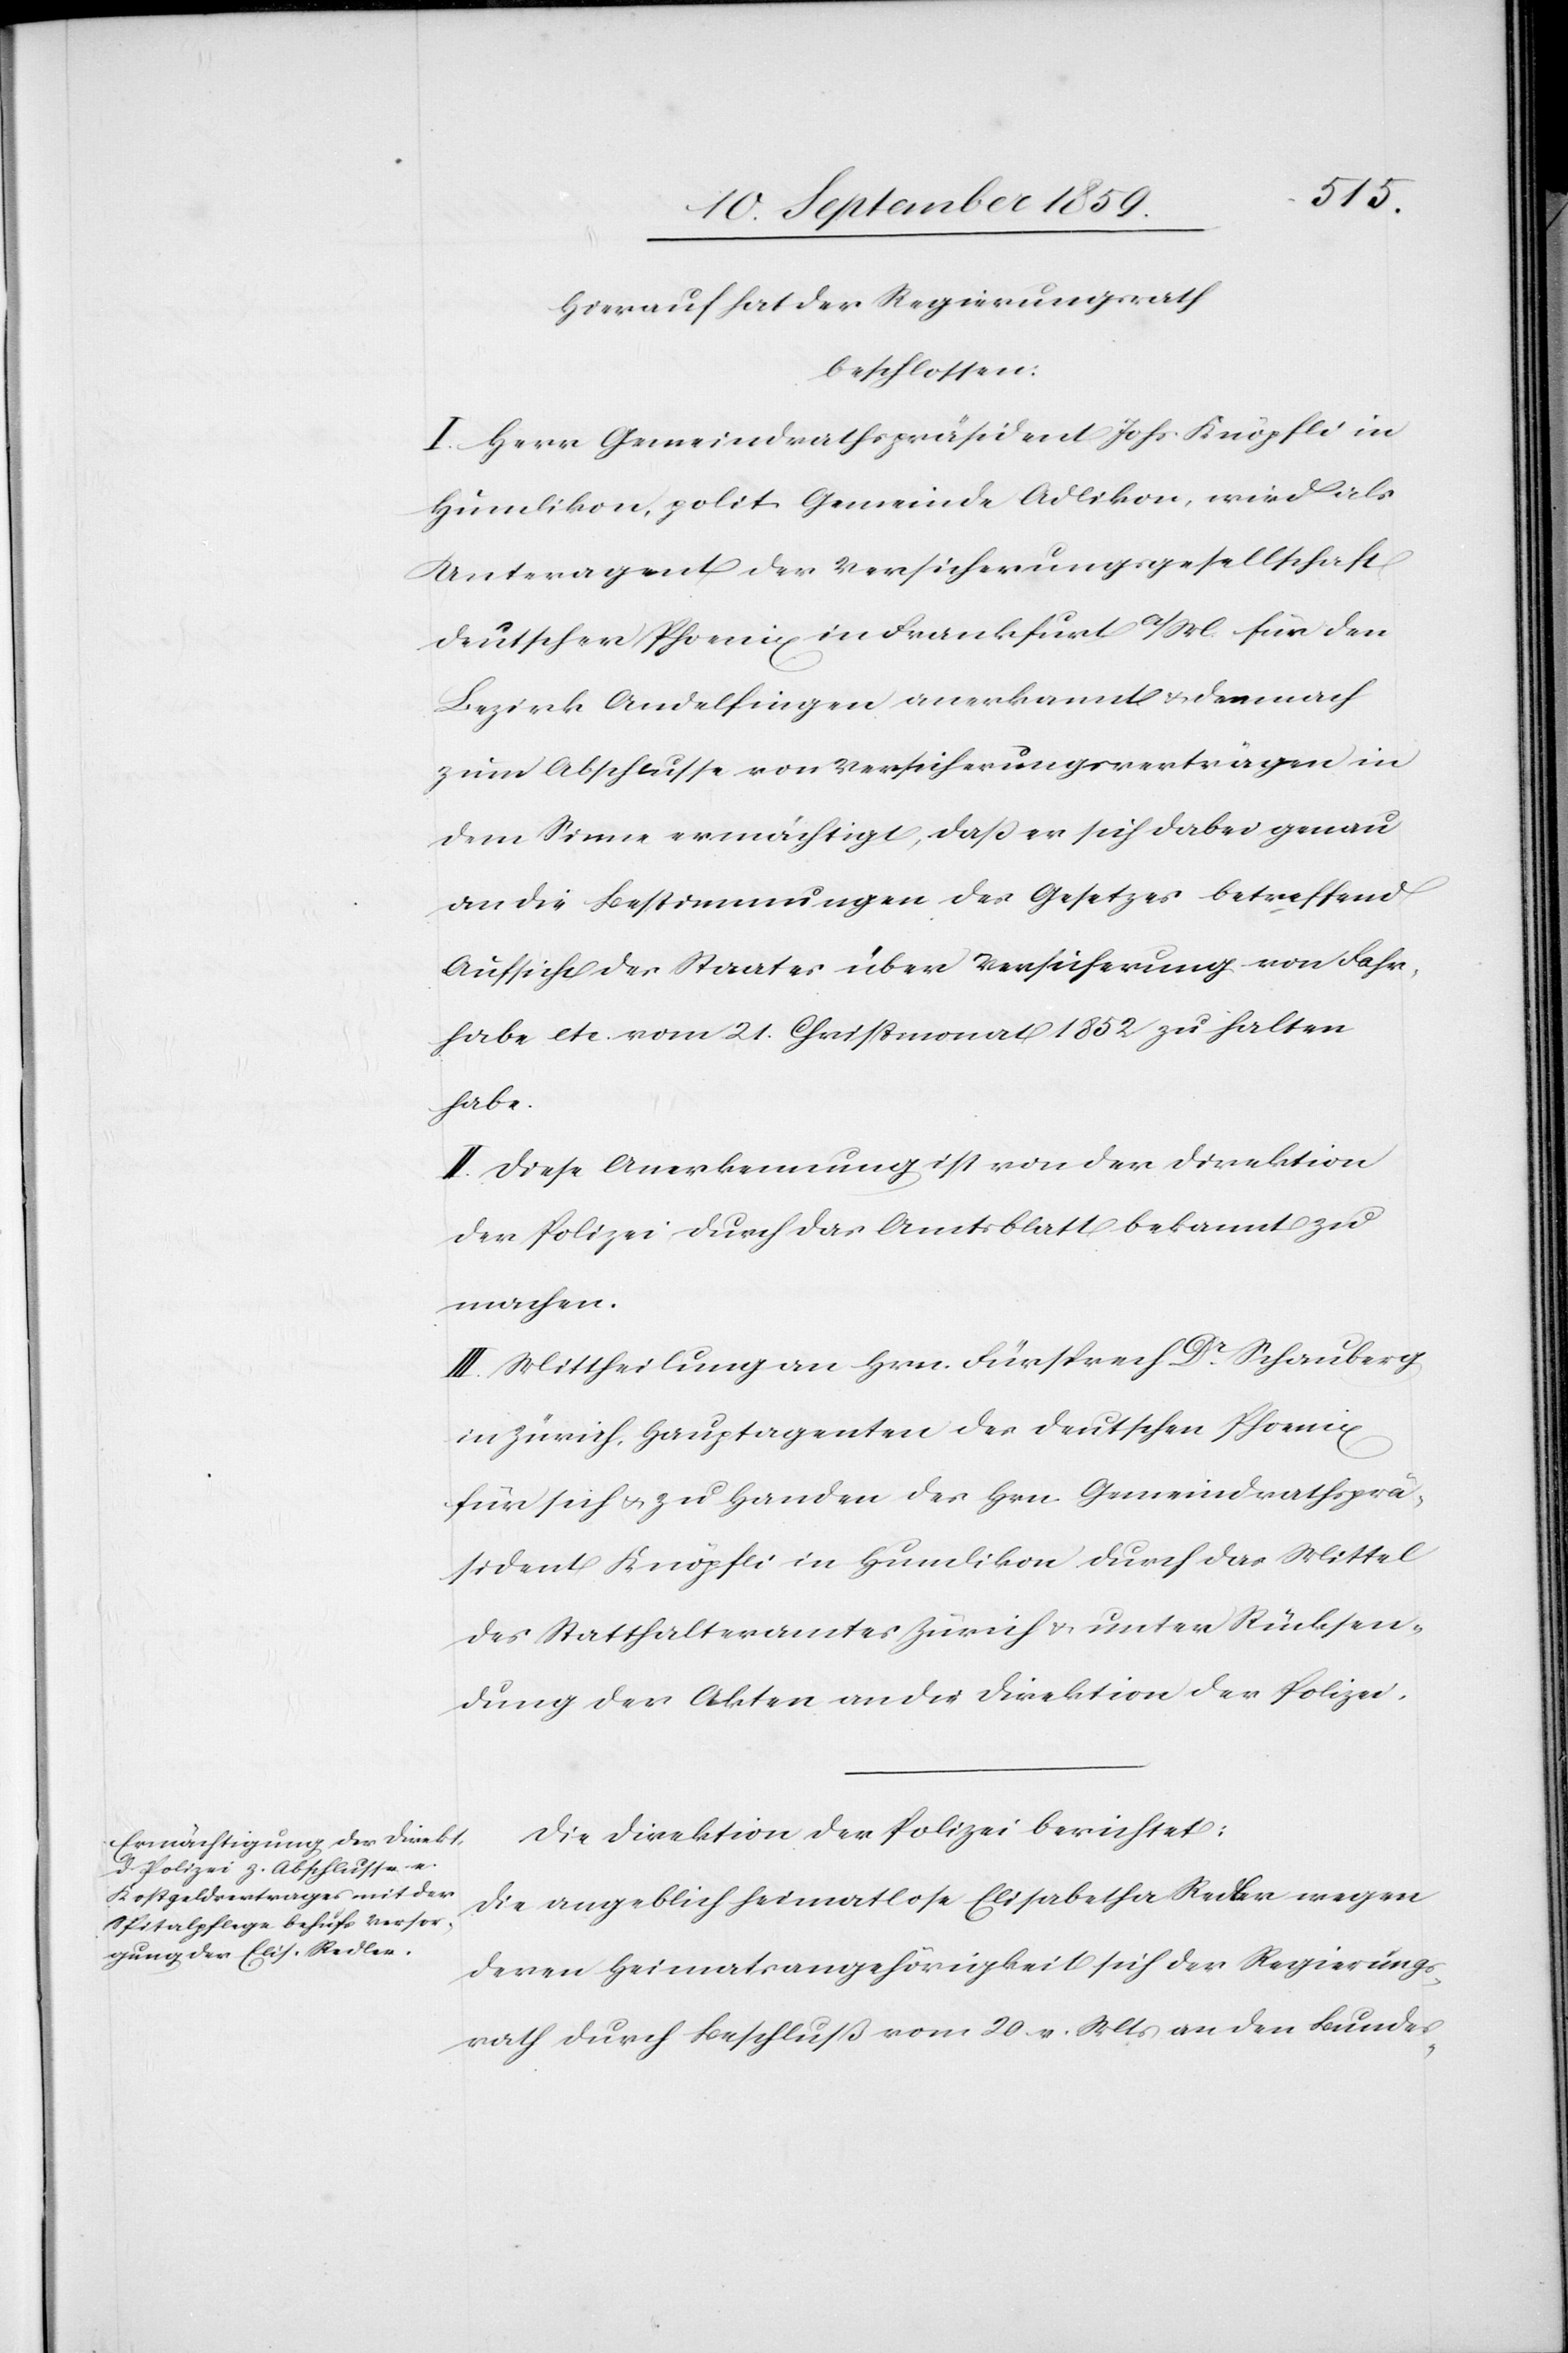
Hierauf hat der Regierungsrath
beschlossen:
I. Herr Gemeindrathspräsident Johs. Knöpfli in
Humlikon, polit. Gemeinde Adlikon, wird als
Unteragent der Versicherungsgesellschaft
deutscher Phoenix in Frankfurt a/M. für den
Bezirk Andelfingen anerkannt & demnach
zum Abschlusse von Versicherungsverträgen in
dem Sinne ermächtigt, daß er sich dabei genau
an die Bestimmungen des Gesetzes betreffend
Aufsicht des Staates über Versicherung von Fahr¬
habe etc. vom 21. Christmonat 1852 zu halten
habe.
II. Diese Anerkennung ist von der Direktion
der Polizei durch das Amtsblatt bekannt zu
machen.
III. Mittheilung an Hrn. Fürsprech Dr. Schauberg
in Zürich, Hauptagenten des deutschen Phoenix
für sich & zu Handen des Hrn. Gemeindrathsprä¬
sident Knöpfli in Humlikon durch das Mittel
des Statthalteramtes Zürich & unter Rücksen¬
dung der Akten an die Direktion der Polizei.
Die Direktion der Polizei berichtet:
Die angeblich heimatlose Elisabetha Redler wegen
deren Heimatsangehörigkeit sich der Regierungs¬
rath durch Beschluß vom 20. v. Mts. an den Bundes-